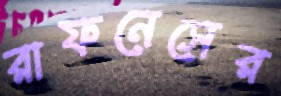
রাফনেসের